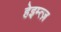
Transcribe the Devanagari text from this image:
हेइम्त्ज़